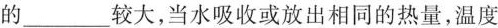
的______较大，当水吸收或放出相同的热量，温度